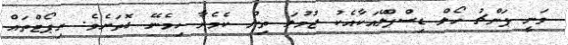
ވަނީ ޕަންޗު ހޯލް ޑިސްޕްލޭއަކާއެކު ޖުމުލަ ތިން ކެމެރާ ހިމެނޭ ގޮތަށެވެ. ރިޕޯޓްތައް